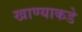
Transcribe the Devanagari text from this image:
खाण्याकडे